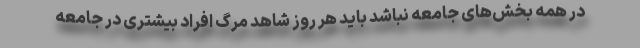
در همه بخش‌های جامعه نباشد باید هر روز شاهد مرگ افراد بیشتری در جامعه